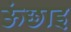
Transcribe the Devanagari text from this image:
ऊंछाइ